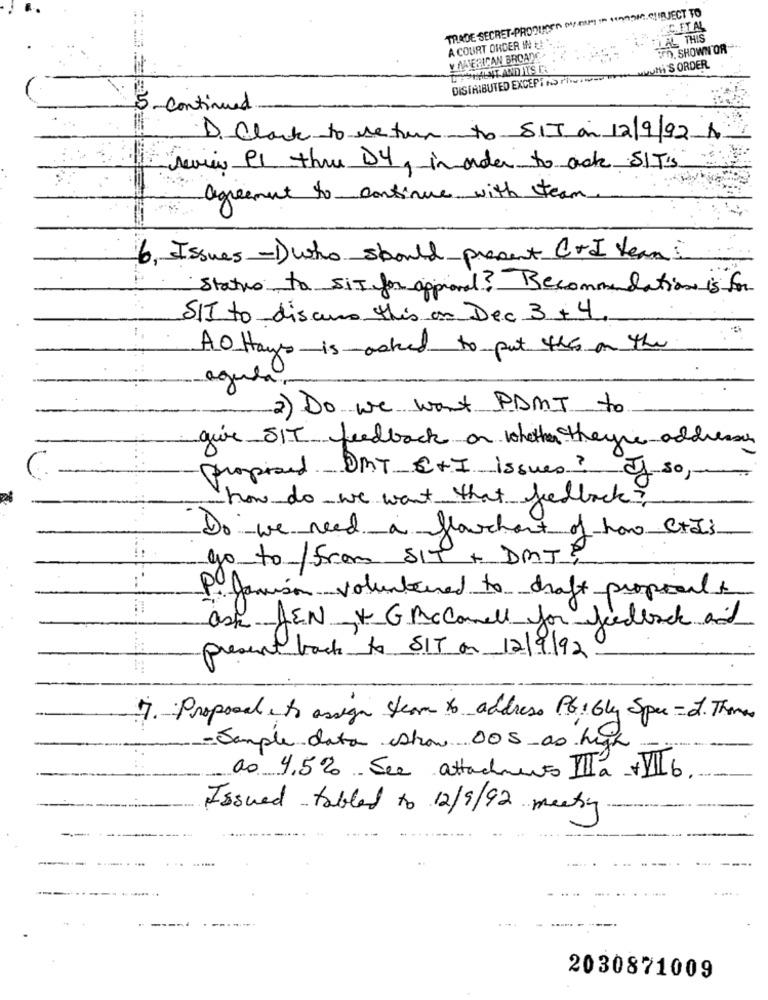
TRADE SECRET-PRODUITS'N ONEAPI I 195MC.CUIRJECTTO
C. FTAL
FAL THIS
A COURT ORDER IN t!'
Y MIERICAN BROADC.
n. SHOWN'OR-
MLUMi'S ORDER
DISTRIBUTED EXCEPT to Phe Twee TY
5- continued
D. Clark to return to SIT on 12/9/92
review P1 thru D4, inorder to ack SIT's
agreement to continue with team
6. Issues -)who should present C+I team
Status to SIT for approval? Recommendation is for
SIT to discuss this on Dec 3 +4,
A0 Hays is asked to put this on the
2
aguda
2) Do we want PAMI to
give SIT feedback on whether they're address
proposed. OMT E+I issues? If so ,-
-how do we want that feedback?
Do we need a flowchart of how CHI's
go to/from SIT + DMT
P. Jamison volunteered to draft proposal
ask JEN VG Mcconnell for feedback and
present back to SIT on 12/9/92
7. Proposal , to assign steam to address PG: Gly Spec- J. Thomas
- Sample data show DOS -a0 high
ao 4,5% See attachment IIIa +VII6
Issued tablet to 12/9/92 meeting
---
2030871009